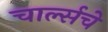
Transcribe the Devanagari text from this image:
चार्ल्सचे